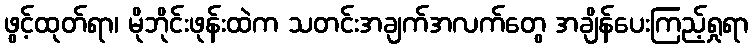
ဖွင့်ထုတ်ရာ၊ မိုဘိုင်းဖုန်းထဲက သတင်းအချက်အလက်တွေ အချိန်ပေးကြည့်ရှုရာ